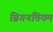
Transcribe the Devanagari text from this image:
ब्रिगनतियम